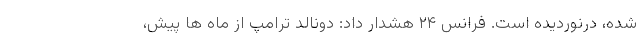
شده، درنوردیده است. فرانس ۲۴ هشدار داد: دونالد ترامپ از ماه ها پیش،